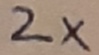
Text: 2X